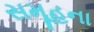
સમૂહના